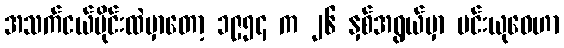
အသက်ငယ်ပိုင်းထဲမှာတော့ ၁၉၅၄ က ၂၆ နှစ်အရွယ်မှာ မင်းယုဝေဟာ